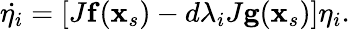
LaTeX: \dot{\mathbf{\eta}_{i}}=\left[J\mathbf{f}(\mathbf{x}_{s})-d\lambda_{i}J\mathbf{g}(\mathbf{x}_{s})\right]\mathbf{\eta}_{i}.